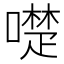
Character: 𠿝